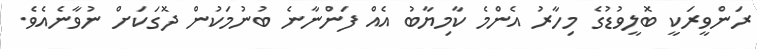
ރަންވީރަކީ ބޮލީވުޑުގެ މިހާރު އެންމެ ކާމިޔާބު އެއް ފަންނާނެ ބުނުމަކުން ދޮގަކަށް ނުވާނެއެވެ.